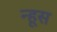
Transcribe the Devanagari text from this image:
न्हूस